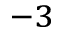
^ { - 3 }